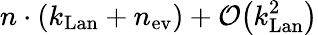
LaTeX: n\cdot(k_{\mathrm{Lan}}+n_{\mathrm{ev}})+\mathcal{O}\big(k_{\mathrm{Lan}}^{2}\big)